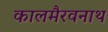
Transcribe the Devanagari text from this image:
कालमैरवनाथ